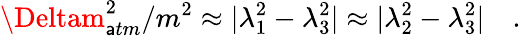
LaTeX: \Deltam_{\mathsf{a}tm}^{2}/m^{2}\approx|\lambda_{1}^{2}-\lambda_{3}^{2}|\approx|\lambda_{2}^{2}-\lambda_{3}^{2}|\quad.